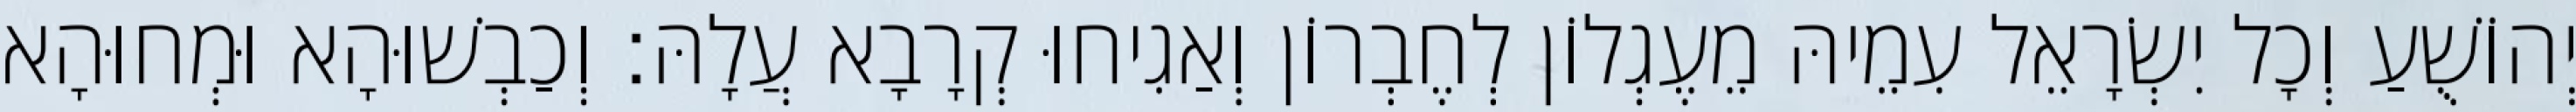
יְהוֹשֻׁעַ וְכָל יִשְׂרָאֵל עִמֵיהּ מֵעֶגְלוֹן לְחֶבְרוֹן וְאַגִיחוּ קְרָבָא עֲלָהּ׃ וְכַבְשׁוּהָא וּמְחוּהָא